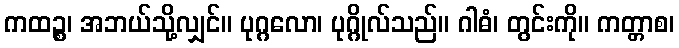
ကထဉ္စ၊ အဘယ်သို့လျှင်။ ပုဂ္ဂလော၊ ပုဂ္ဂိုလ်သည်။ ဂါဓံ၊ တွင်းကို။ ကတ္တာစ၊